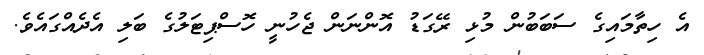
އެ ހިތާމައިގެ ސަބަބުން މުޅި ރޭގަޑު އޮންނަން ޖެހުނީ ހޮސްޕިޓަލުގެ ބަލި އެދެއްގައެވެ.